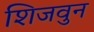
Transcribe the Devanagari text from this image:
शिजवुन